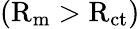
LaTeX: \mathrm{(R_{m}>R_{ct})}